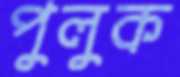
পুলুক